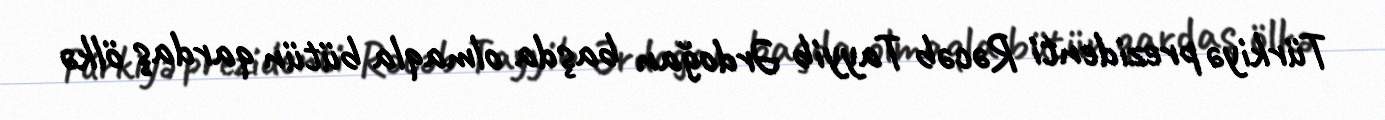
Türkiyə prezidenti Rəcəb Tayyib Ərdoğan başda olmaqla bütün qardaş ölkə